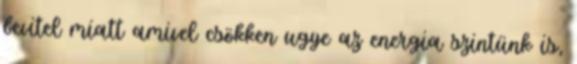
bevitel miatt amivel csökken ugye az energia szintünk is,